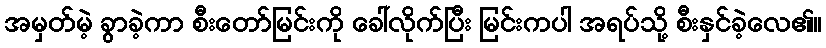
အမှတ်မဲ့ ခွာခဲ့ကာ စီးတော်မြင်းကို ခေါ်လိုက်ပြီး မြင်းကပါ အရပ်သို့ စီးနှင်ခဲ့လေ၏။